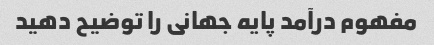
مفهوم درآمد پایه جهانی را توضیح دهید